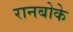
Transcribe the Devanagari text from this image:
रानबोके